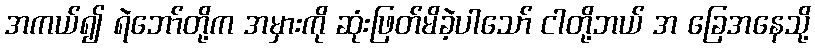
အကယ်၍ ရဲဘော်တို့က အမှားကို ဆုံးဖြတ်မိခဲ့ပါသော် ငါတို့ဘယ် အ ခြေအနေသို့